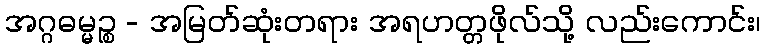
အဂ္ဂဓမ္မဉ္စ - အမြတ်ဆုံးတရား အရဟတ္တဖိုလ်သို့ လည်းကောင်း၊